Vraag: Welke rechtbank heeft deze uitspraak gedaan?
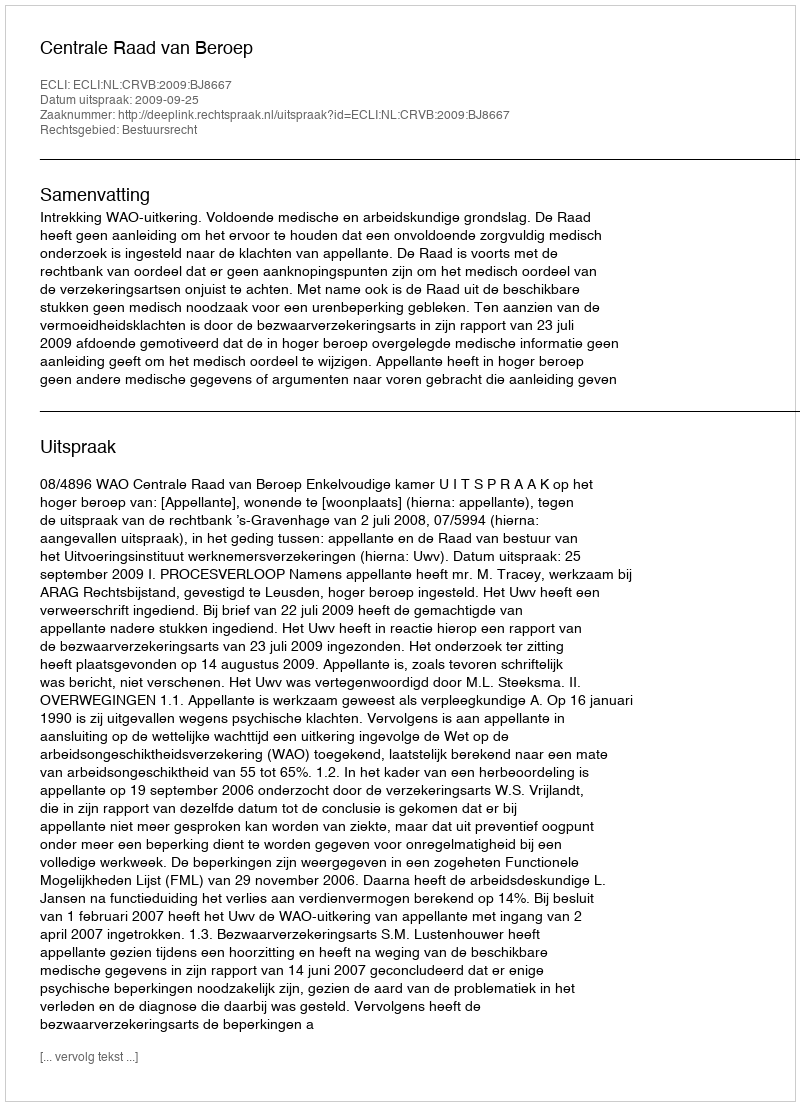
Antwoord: Centrale Raad van Beroep